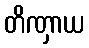
တိဏှာယ